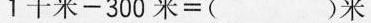
1千米-300米=( )米